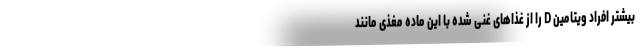
بیشتر افراد ویتامین D را از غذاهای غنی شده با این ماده مغذی مانند